Civil Veterinary Dept. Assam report 1927-50 - 1927-1950
Year: 1927
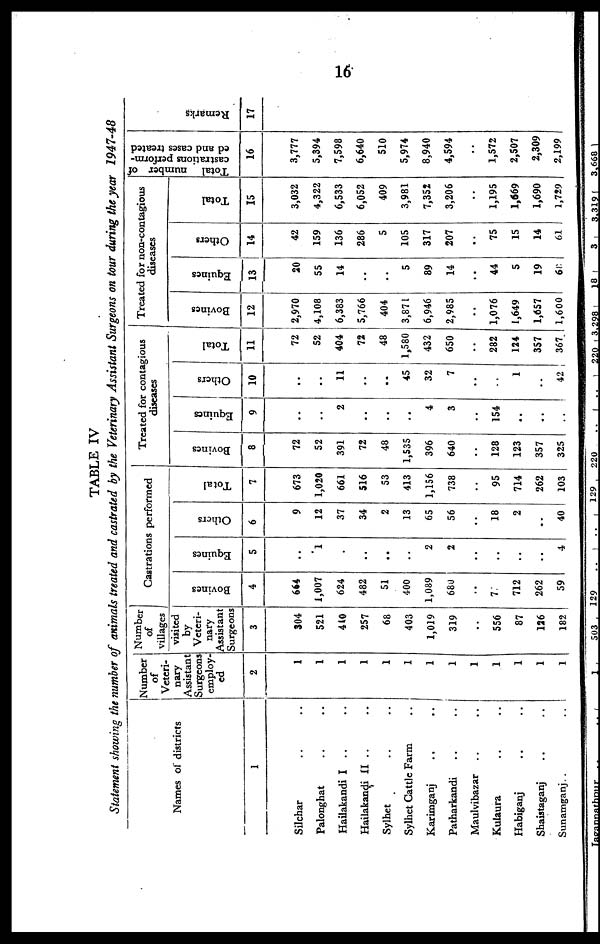
16
TABLE IV
Statement showing the number of animals treated and castrated by the Veterinary Assistant Surgeons on tour during the year 1947-48
Names of districts
1
Silchar .. ..
Palonghat .. ..
Hailakandi I .. ..
Hailakandi II .. ..
Sylhet .. ..
Sylhet Cattle Farm ..
Karimganj .. ..
Patharkandi .. ..
Maulvibazar .. ..
Kulaura .. ..
Habiganj .. ..
Shaistaganj .. ..
Sunamganj .. ..
Number
of
Veteri-
nary
Assistant
Surgeons
employ-
ed
2
1
1
1
1
1
1
1
1
1
1
1
1
1
Number
of
villages
visited
by
Veteri-
nary
Assistant
Surgeons
3
304
521
410
257
68
403
1,019
319
..
556
87
126
182
Castrations performed
Bovines
4
664
1,007
624
482
51
400
1,089
680
..
7
712
262
59
Equines
5
..
1
..
..
..
..
2
2
..
..
..
..
4
Others
6
9
12
37
34
2
13
65
56
..
18
2
..
40
Total
7
673
1,020
661
516
53
413
1,156
738
..
95
714
262
103
Treated for contagious
diseases
Bovines
8
72
52
391
72
48
1,535
396
640
..
128
123
357
325
Equines
9
..
..
2
..
..
..
4
3
..
154
..
..
..
Others
10
..
..
11
..
..
45
32
7
..
..
1
..
42
Total
11
72
52
404
72
48
1,580
432
650
..
282
124
357
367
Treated for non-contagious
diseases
Bovines
12
2,970
4,108
6,383
5,766
404
3,871
6,946
2,985
..
1,076
1,649
1,657
1,600
Equines
13
20
55
14
..
..
5
89
14
..
44
5
19
68
Others
14
42
159
136
286
5
105
317
207
..
75
15
14
61
Total
15
3,032
4,322
6,533
6,052
409
3,981
7,352
3,206
..
1,195
1,669
1,690
1,729
Total number of
castrations perform-
ed and cases treated
16
3,777
5,394
7,598
6,640
510
5,974
8,940
4,594
..
1,572
2,507
2,309
2,199
Remarks
17